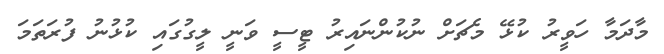
މާދަމާ ހަވީރު ކުޅޭ މެޗަށް ނުކުންނައިރު ޓީސީ ވަނީ ލީގުގައި ކުޅުނު ފުރަތަމަ